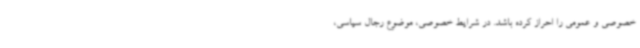
خصوصی و عمومی را احراز کرده باشد. در شرایط خصوصی، موضوع رجال سیاسی،